Virumaa_algkoolid, lk 24
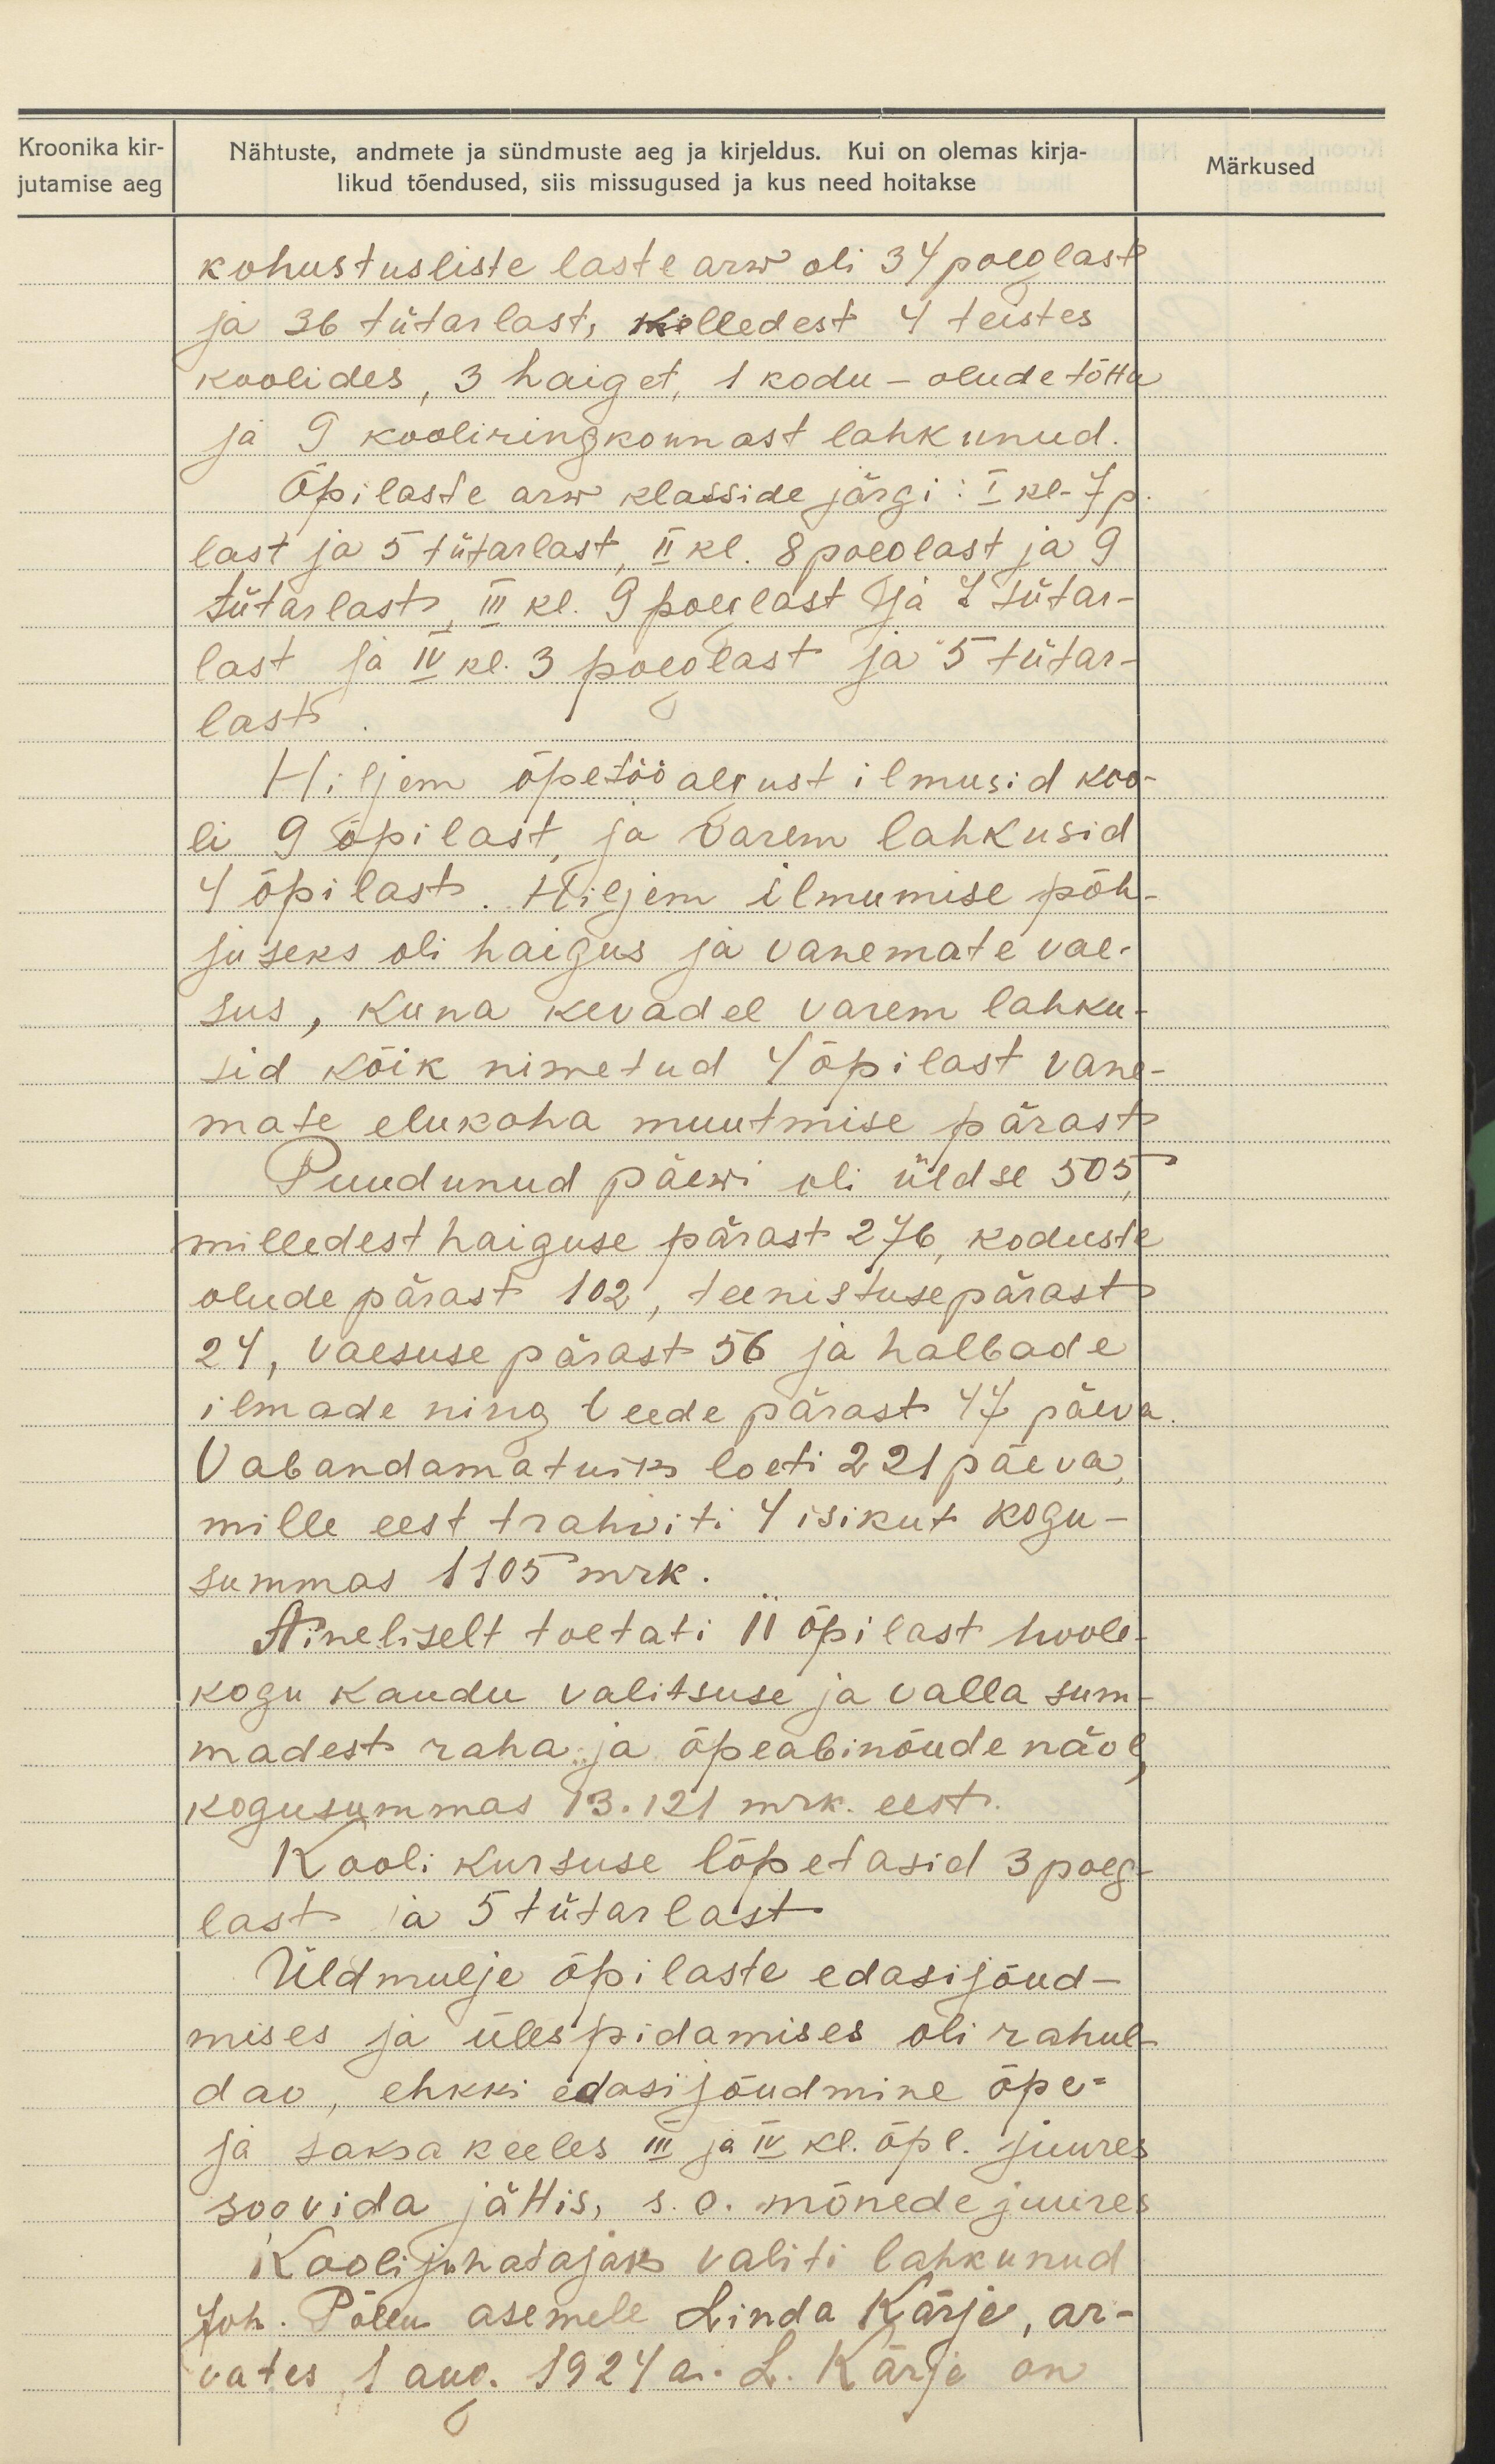
Kroonika kir-
jutamise aeg

Nähtuste, andmete ja sündmuste aeg ja kirjeldus. Kui on olemas kirja-
likud tõendused, siis missugused ja kus need hoitakse

Märkused

kohustusliste laste arw oli 34 poeglast
ja 36 tütarlast, kelledest 4 teistes
koolides, 3 haiget, 1 kodu - olude tõttu
ja 9 kooliringkonnast lahkunud.
Õpilaste arw klasside järgi: I kl- 7 p.
last ja 5 tütarlast, II kl. 8 poeglast ja 9.
tütarlast, III kl. 9 poeglast ja 7 tütar-
last ja IV kl. 3 poeglast ja 5 tütar-
last.
Hiljem õpetöö algust ilmusid koo-
li 9 õpilast ja varem lahkusid
4 õpilast. Hiljem ilmumise põh-
juseks oli haigus ja vanemate vae-
sus, kuna kevadel varem lahku-
sid kõik nimetud 4 õpilast vana-
mate elukoha muutmise pärast.
Puudunud päewi oli üldse 505,
milledest haiguse pärast 276, koduste
olude pärast 102, teenistuse pärast
24, vaesuse pärast 56 ja halbade
ilmade ning teede pärast 47 päeva
Vabandamatuks loeti 221 päeva
mille eest trahwiti 4 isikut kogu-
summas 1105 mrk.
Aineliselt toetati 11 õpilast hoole-
kogu kaudu valitsuse ja valla sum-
madest raha ja õpeabinõude näol
kogusummas 13.121 mrk. eest.
Kooli kursuse lõpetasid 3 poeg-
last ja 5 tütarlast.
Üldmulje õpilaste edasijõud-
mises ja ülespidamises oli rahul
dav, ehkki edasi jõudmine õpe-
ja saksa keeles III ja IV kl. õpl. juures
soovida jättis, s.o. mõnede juures
Kooli juhatajaks valiti lahkunud
Joh. Põllu asemele Linda Kärje, ar-
vates 1 aug. 1924 a. L. Kärje on